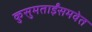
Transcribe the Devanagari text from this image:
कुसुमताईंसमवेत